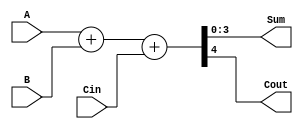
`timescale 1ns / 1ps
//////////////////////////////////////////////////////////////////////////////////
// Company: 
// Engineer: 
// 
// Design Name: 
// Module Name: ripple_carry_Nb
// Project Name: 
// Target Devices: 
// Tool Versions: 
// Description: 
// 
// Dependencies: 
// 
// Revision:
// Revision 0.01 - File Created
// Additional Comments:
// 
//////////////////////////////////////////////////////////////////////////////////


module ripple_carry_Nb
    #(parameter N=4) //number of bits to be added together from A and B. Only passed in to module. Default value of 4
    (
    input [N-1:0] A, //uses parameter for variable bit lengths!
    input [N-1:0] B,
    input Cin,
    output [N-1:0] Sum,
    output Cout
    );
        
    wire [N: 0] Sum_Inter; //Intermittent sum with extra concatenated bit to hold Cout
    
    assign Sum_Inter = {1'b0, A} + {1'b0, B} + Cin;
    assign Sum = Sum_Inter[N-1:0]; //Sum except for MSB, which includes COut
    assign Cout = Sum_Inter[N]; //MSB of sum, which uses output carry bit
    
endmodule